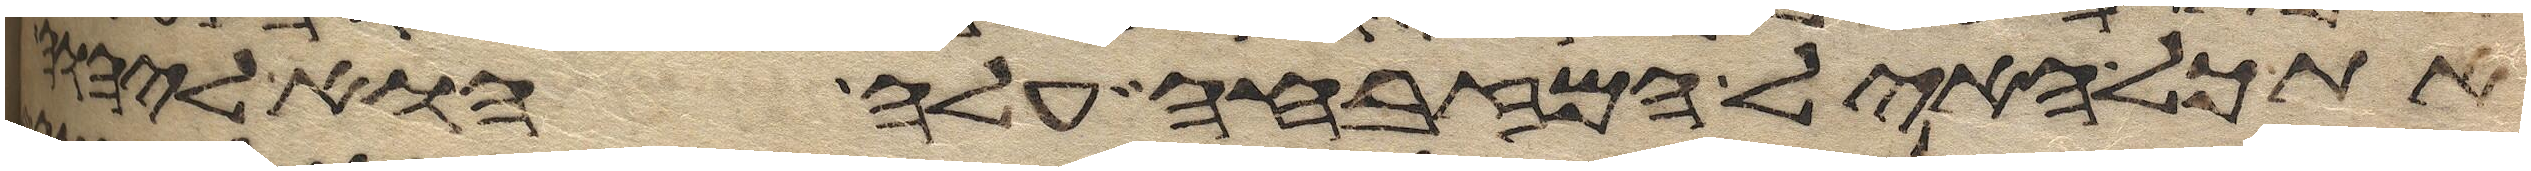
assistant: את כל האיל המזבחה עלה הוא ליהוה